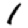
Digit: 1